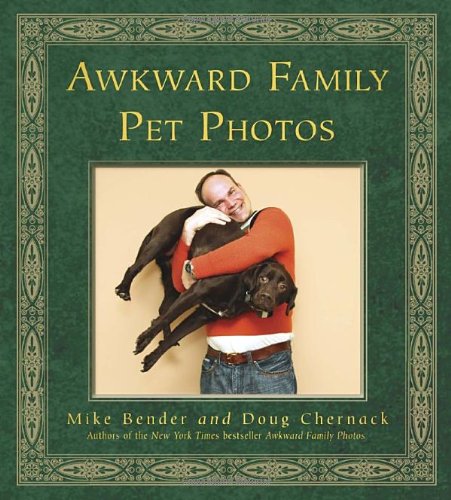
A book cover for Awkward Family Pet Photos; Mike Bender; Humor & Entertainment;